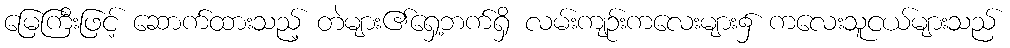
မြေကြီးဖြင့် ဆောက်ထားသည့် တဲများ၏ရှေ့ဘက်ရှိ လမ်းကျဉ်းကလေးများ၌ ကလေးသူငယ်များသည်